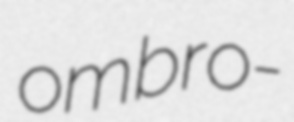
ombro-